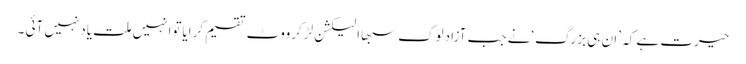
حیرت ہے کہ ’ان ہی بزرگ‘نے جب آزادلوک سبھاالیکشن لڑکرووٹ تقسیم کرایاتوانہیں ملت یادنہیں آئی ۔